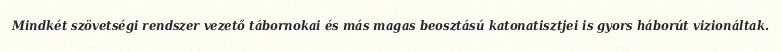
Mindkét szövetségi rendszer vezető tábornokai és más magas beosztású katonatisztjei is gyors háborút vizionáltak.